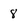
Character: 8